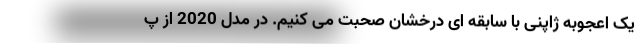
یک اعجوبه ژاپنی با سابقه ای درخشان صحبت می کنیم. در مدل 2020 از پ